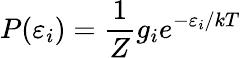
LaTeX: P(\varepsilon_{i})={\frac{1}{Z}}g_{i}e^{-\varepsilon_{i}/kT}